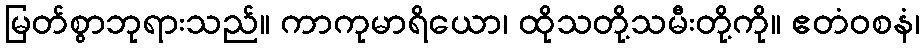
မြတ်စွာဘုရားသည်။ ကာကုမာရိယော၊ ထိုသတို့သမီးတို့ကို။ ဧတံဝစနံ၊